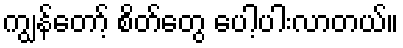
ကျွန်တော့် စိတ်တွေ ပေါ့ပါးလာတယ်။